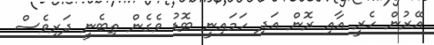
އޭރުން ހެރީ އާއި ރޮން އަދި ހަމައިނީ ބޮޑު ވެގެން ތިބެނީ ދަރިވެސް